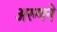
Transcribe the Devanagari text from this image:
अरुणने